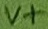
Text: V+